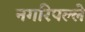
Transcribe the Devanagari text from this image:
नगरिपल्ले